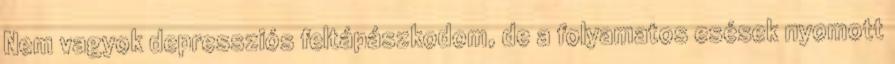
Nem vagyok depressziós feltápászkodom, de a folyamatos esések nyomott